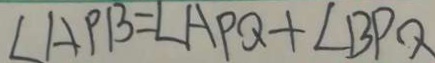
\angle A P B = \angle A P Q + \angle B P Q